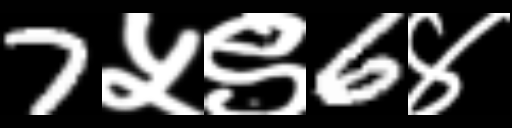
Text: 7५९6४